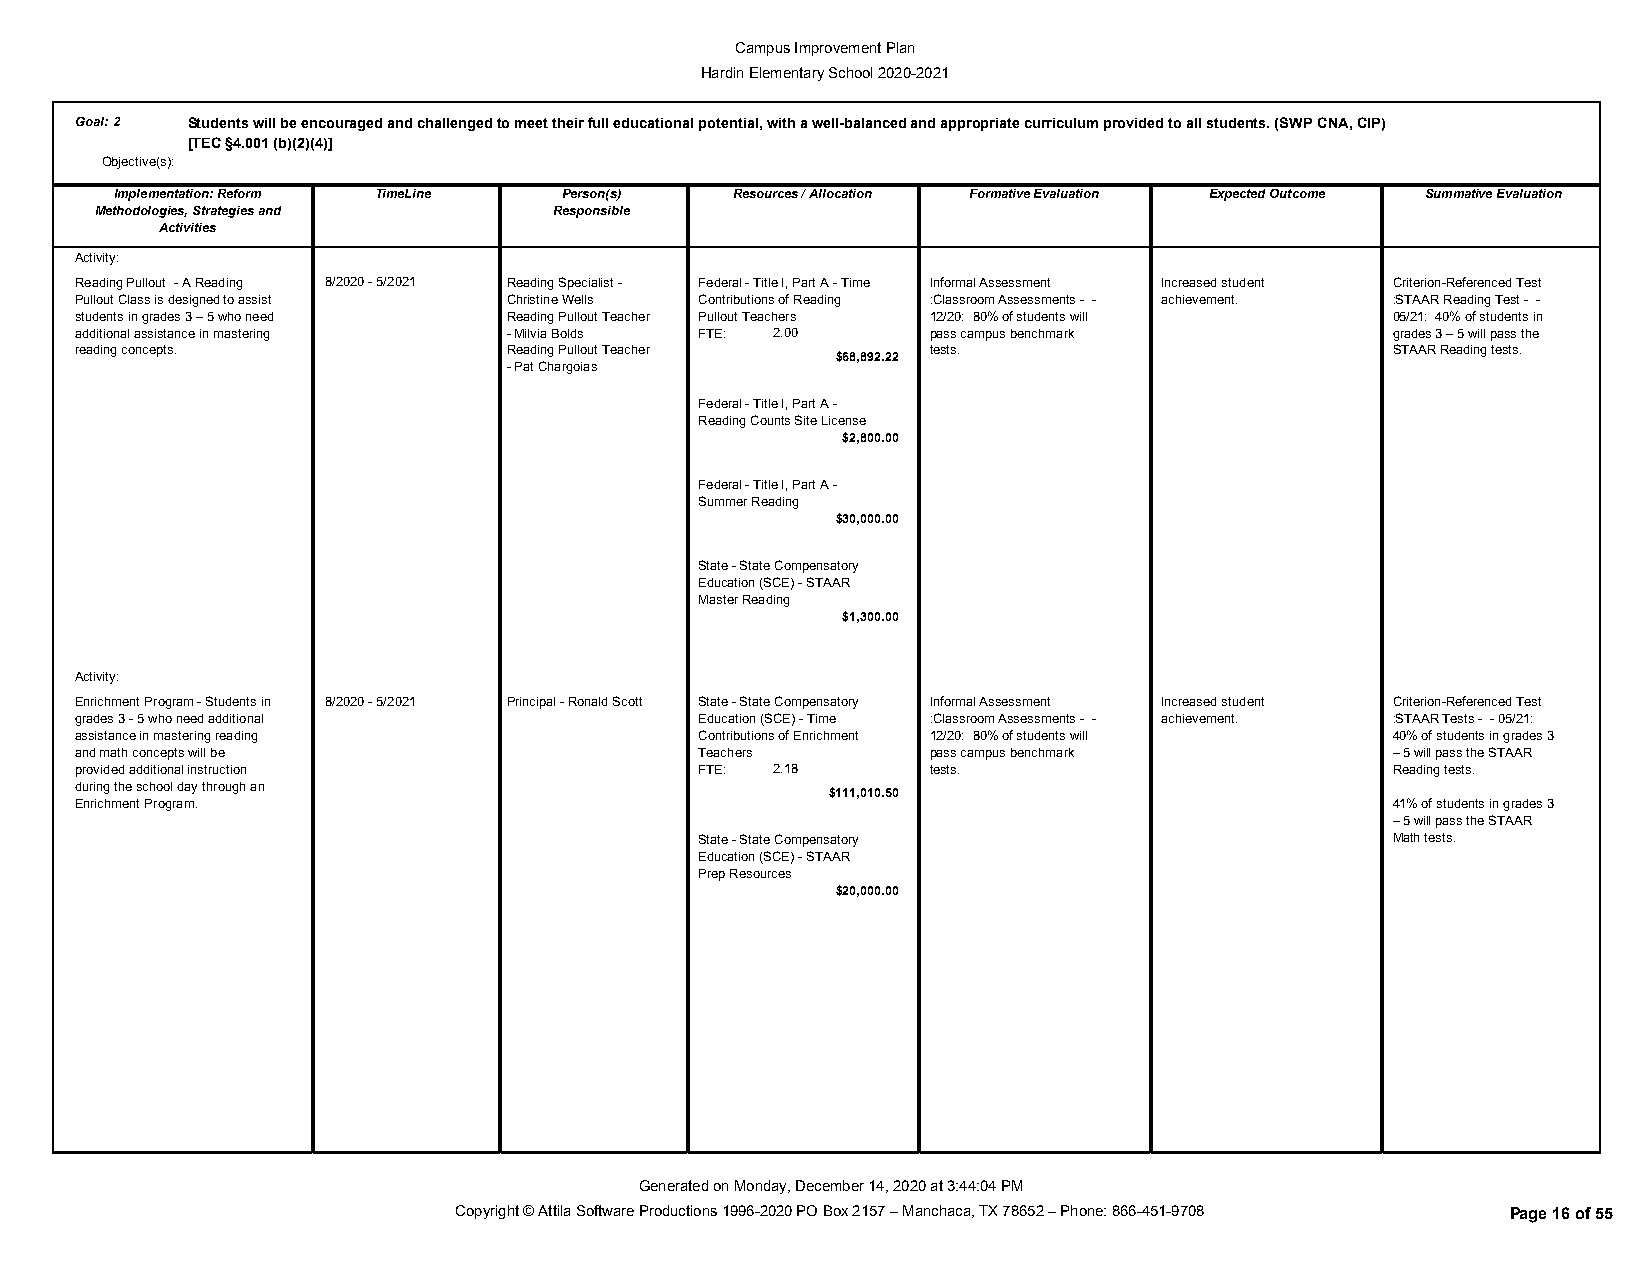
Campus Improvement Plan
 Hardin Elementary School 2020-2021
 Goal:2 Students will be encouraged and challenged to meet their full educational potential, with a well-balanced and appropriate curriculum provided to all students. (SWP CNA, CIP)
 [TEC §4.001 (b)(2)(4)]
 Objective(s):
 Implementation: Reform TimeLine Person(s) Resources / Allocation Formative Evaluation Expected Outcome Summative Evaluation
 Methodologies, Strategies and  Responsible
 Activities
 Activity:
 Reading Pullout - A Reading 8/2020 - 5/2021 Reading Specialist - Federal - Title I, Part A - Time Informal Assessment Increased student Criterion-Referenced Test
 Pullout Class is designed to assist Christine Wells Contributions of Reading :Classroom Assessments - - achievement. :STAAR Reading Test - -
 students in grades 3 – 5 who need Reading Pullout Teacher Pullout Teachers 12/20: 80% of students will 05/21: 40% of students in
 additional assistance in mastering - Milvia Bolds FTE: 2.00 pass campus benchmark      grades 3 – 5 will pass the
 reading concepts.            Reading Pullout Teacher     tests.                        STAAR Reading tests.
 $68,892.22
 - Pat Chargoias
 Federal - Title I, Part A -
 Reading Counts Site License
 $2,800.00
 Federal - Title I, Part A -
 Summer Reading
 $30,000.00
 State - State Compensatory
 Education (SCE) - STAAR
 Master Reading
 $1,300.00
 Activity:
 Enrichment Program - Students in 8/2020 - 5/2021 Principal - Ronald Scott State - State Compensatory Informal Assessment Increased student Criterion-Referenced Test
 grades 3 - 5 who need additional         Education (SCE) - Time :Classroom Assessments - - achievement. :STAAR Tests - - 05/21:
 assistance in mastering reading          Contributions of Enrichment 12/20: 80% of students will 40% of students in grades 3
 and math concepts will be                Teachers        pass campus benchmark         – 5 will pass the STAAR
 provided additional instruction          FTE: 2.18       tests.                        Reading tests.
 during the school day through an
 $111,010.50
 Enrichment Program.                                                                    41% of students in grades 3
 – 5 will pass the STAAR
 State - State Compensatory                    Math tests.
 Education (SCE) - STAAR
 Prep Resources
 $20,000.00
 Generated on Monday, December 14, 2020 at 3:44:04 PM
 Copyright © Attila Software Productions 1996-2020 PO Box 2157 – Manchaca, TX 78652 – Phone: 866-451-9708 Page 16 of 55